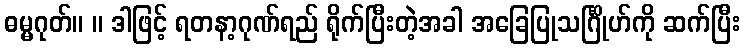
ဓမ္မဂုတ်။ ။ ဒါဖြင့် ရတနာ့ဂုဏ်ရည် ရိုက်ပြီးတဲ့အခါ အခြေပြုသင်္ဂြိုဟ်ကို ဆက်ပြီး